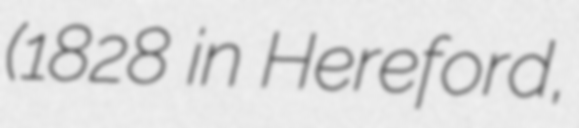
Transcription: (1828 in Hereford,